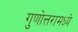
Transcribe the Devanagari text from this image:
गुणोत्तरामध्ये